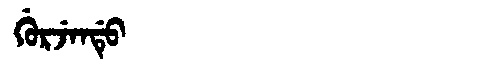
Manchu: ᡤᡠᡵᠵᡝᠨᡩᡠ
Romanization: GURJENDU